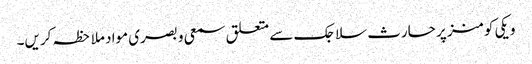
ویکی کومنز پر حارث سلاجک سے متعلق سمعی و بصری مواد ملاحظہ کریں۔